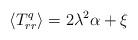
LaTeX: \begin{align*}\langle {T^q_{rr}}\rangle=2\lambda ^2\alpha +\xi \end{align*}